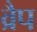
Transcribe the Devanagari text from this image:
व्रैप